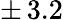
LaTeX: \pm\, 3.2